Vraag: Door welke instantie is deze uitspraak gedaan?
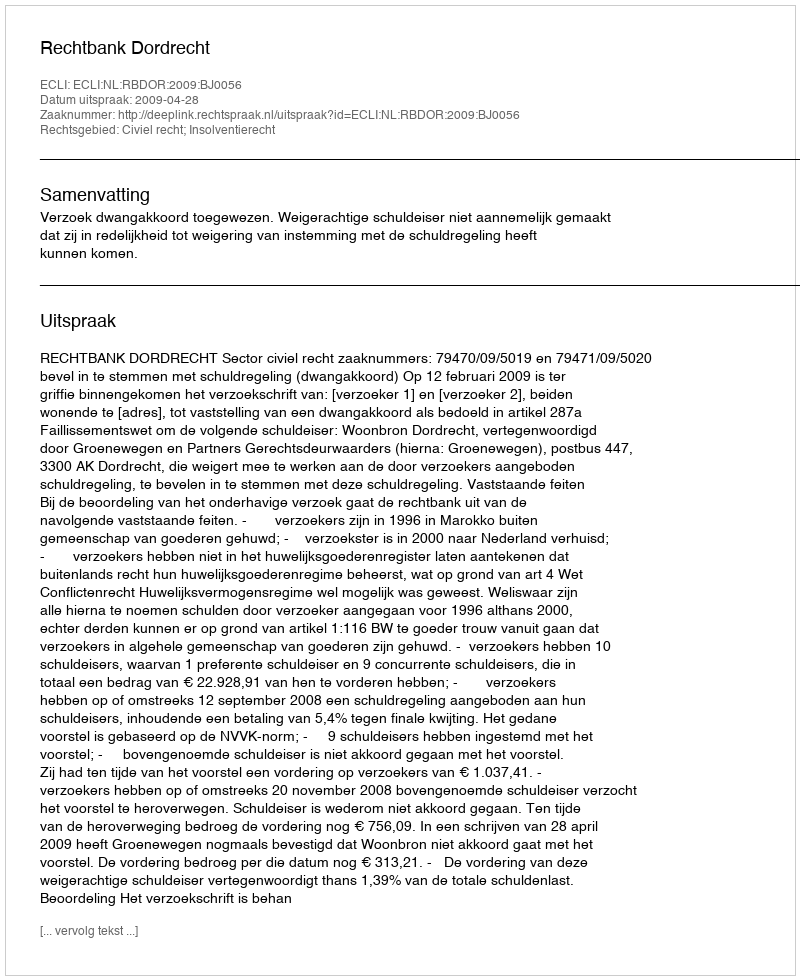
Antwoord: Rechtbank Dordrecht